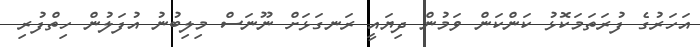
އަހަރުގެ ފުރަތަމަކޮޅު ކަންކަން ވަމުން ދިޔައީ ރަނގަޅަށް ނޫނަސް މިލިބުނު އުފަލުން ހިތްފުރި